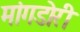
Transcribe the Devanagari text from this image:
मांगडोरी